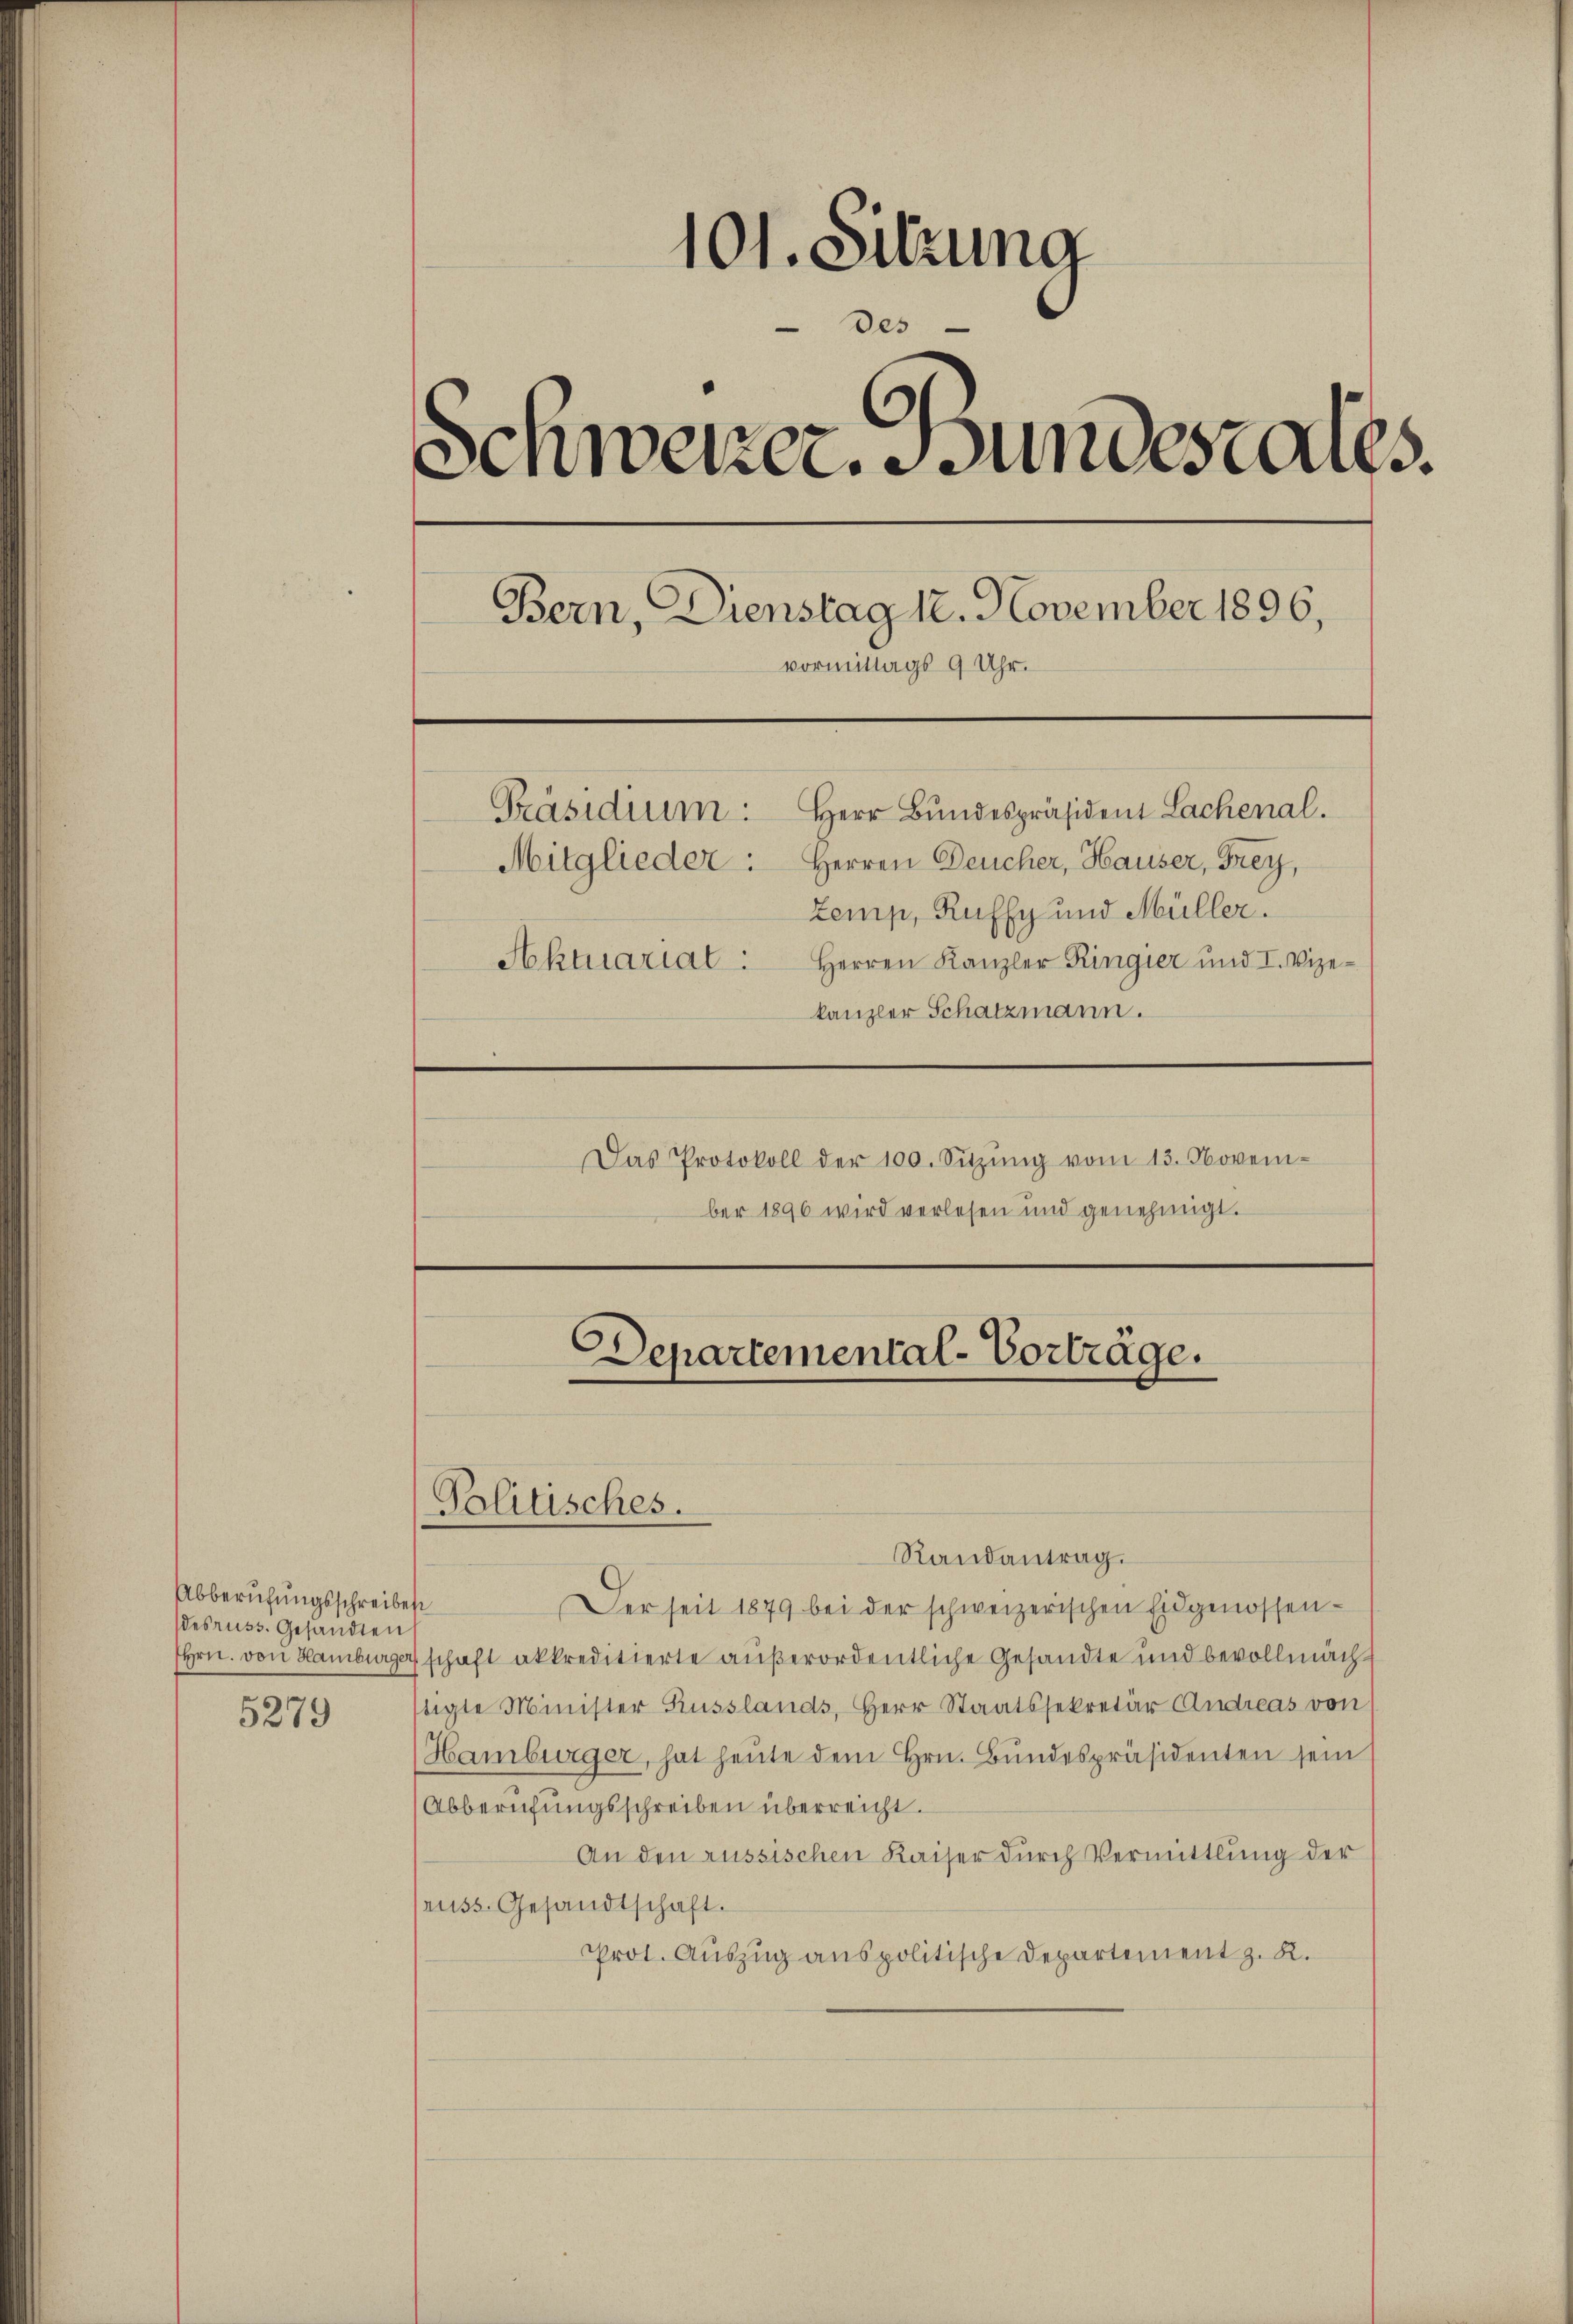
Abberufungsschreibes
desruss. Gesandten
5279

101. Sitzung
e
de
s
Schweizer. Bundestales.
Bern, Dienstag 12. November 1896,
vormittags 9 Uhr.
Präsidium:
Herr Bundespräsident Lachenal.
Mitglieder: Herren Deucher, Hauser, Frey,
Zemp, Ruffy und Müller.
Herren Kanzler Ringier und I. Vize-
Sekmariat.
kanzler Schatzmann.

Randantrag.
Der seit 1879 bei der schweizerischen Eidgenossen-
Hrn. von Hamburgerschaft akkreditierte außerordentliche Gesandte und bevollmächstigte Minister Russlands, Herr Staatssekretär Andreas von
Hamburger, hat heŭte dem Hrn. Bŭndespräsidenten sein
Abberufungsschreiben überreicht.
An den russischen Kaiser durch Vermittlung der
russ. Gesandtschaft.
Prot. Auszug aus politische Departement z. R.

Das Protokoll der 100. Sitzŭng vom 13. Novem-
ber 1890 wird verlesen und genehmigt.

Politisches.

Departemental-Vorträge.